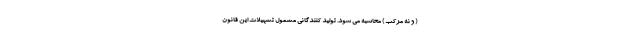
( و نه مرکّب ) محاسبه می شود. تولید کنندگانی مشمول تسهیلات این قانون